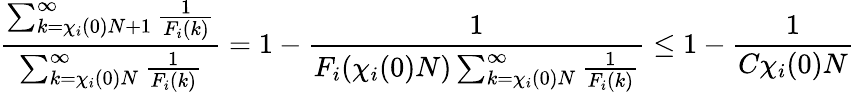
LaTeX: \frac{\sum_{k=\chi_{i}(0)N+1}^{\infty}\frac{1}{F_{i}(k)}}{\sum_{k=\chi_{i}(0)N}^{\infty}\frac{1}{F_{i}(k)}}=1-\frac{1}{F_{i}(\chi_{i}(0)N)\sum_{k=\chi_{i}(0)N}^{\infty}\frac{1}{F_{i}(k)}}\le 1-\frac{1}{C\chi_{i}(0)N}